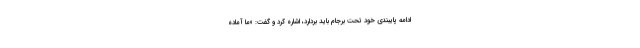
ادامه پایبندی خود تحت برجام باید بردارد، اشاره کرد و گفت: «ما آماده